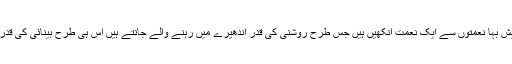
خیال رہے کہ یہ بات درست ہے کہ اللہ کی دی ہو ئی بیش بہا نعمتوں سے ایک نعمت آنکھیں ہیں جس طرح روشنی کی قدر اندھیرے میں رہنے والے جانتے ہیں اس ہی طرح بینائی کی قدرو قیمت وہ ہی جانتے ہیں جو اس سے محروم ہوتے ہیں ۔